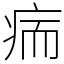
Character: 㾍